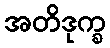
အတိဒုက္ခ